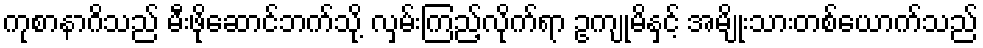
ကုစာနာဂိသည် မီးဖိုဆောင်ဘက်သို့ လှမ်းကြည့်လိုက်ရာ ဥကျုမိနှင့် အမျိုးသားတစ်ယောက်သည်